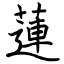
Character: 蓮